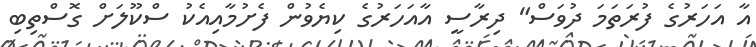
އާ އަހަރުގެ ފުރަތަމަ ދުވަސް" ދިރާސީ އާއަހަރުގެ ކިޔެވުން ފެށުމާއިއެކު ސްކޫލަށް ގޮސްތިބި